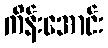
ကိန်းအောင်း